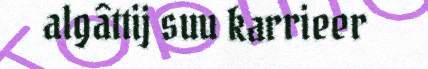
algâttij suu karrieer